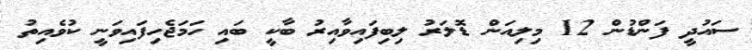
ސައުދީ ފަންޑުން 12 މިލިއަން ޑޮޮލަރު ލިބިފައިވާއިރު ބާކީ ބައި ހަމަޖެހިފައިވަނީ ކުވެއިތު